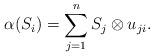
LaTeX: \begin{gather*} \alpha(S_i) = \sum_{j=1}^n S_j \otimes u_{ji}. \end{gather*}